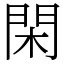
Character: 閑